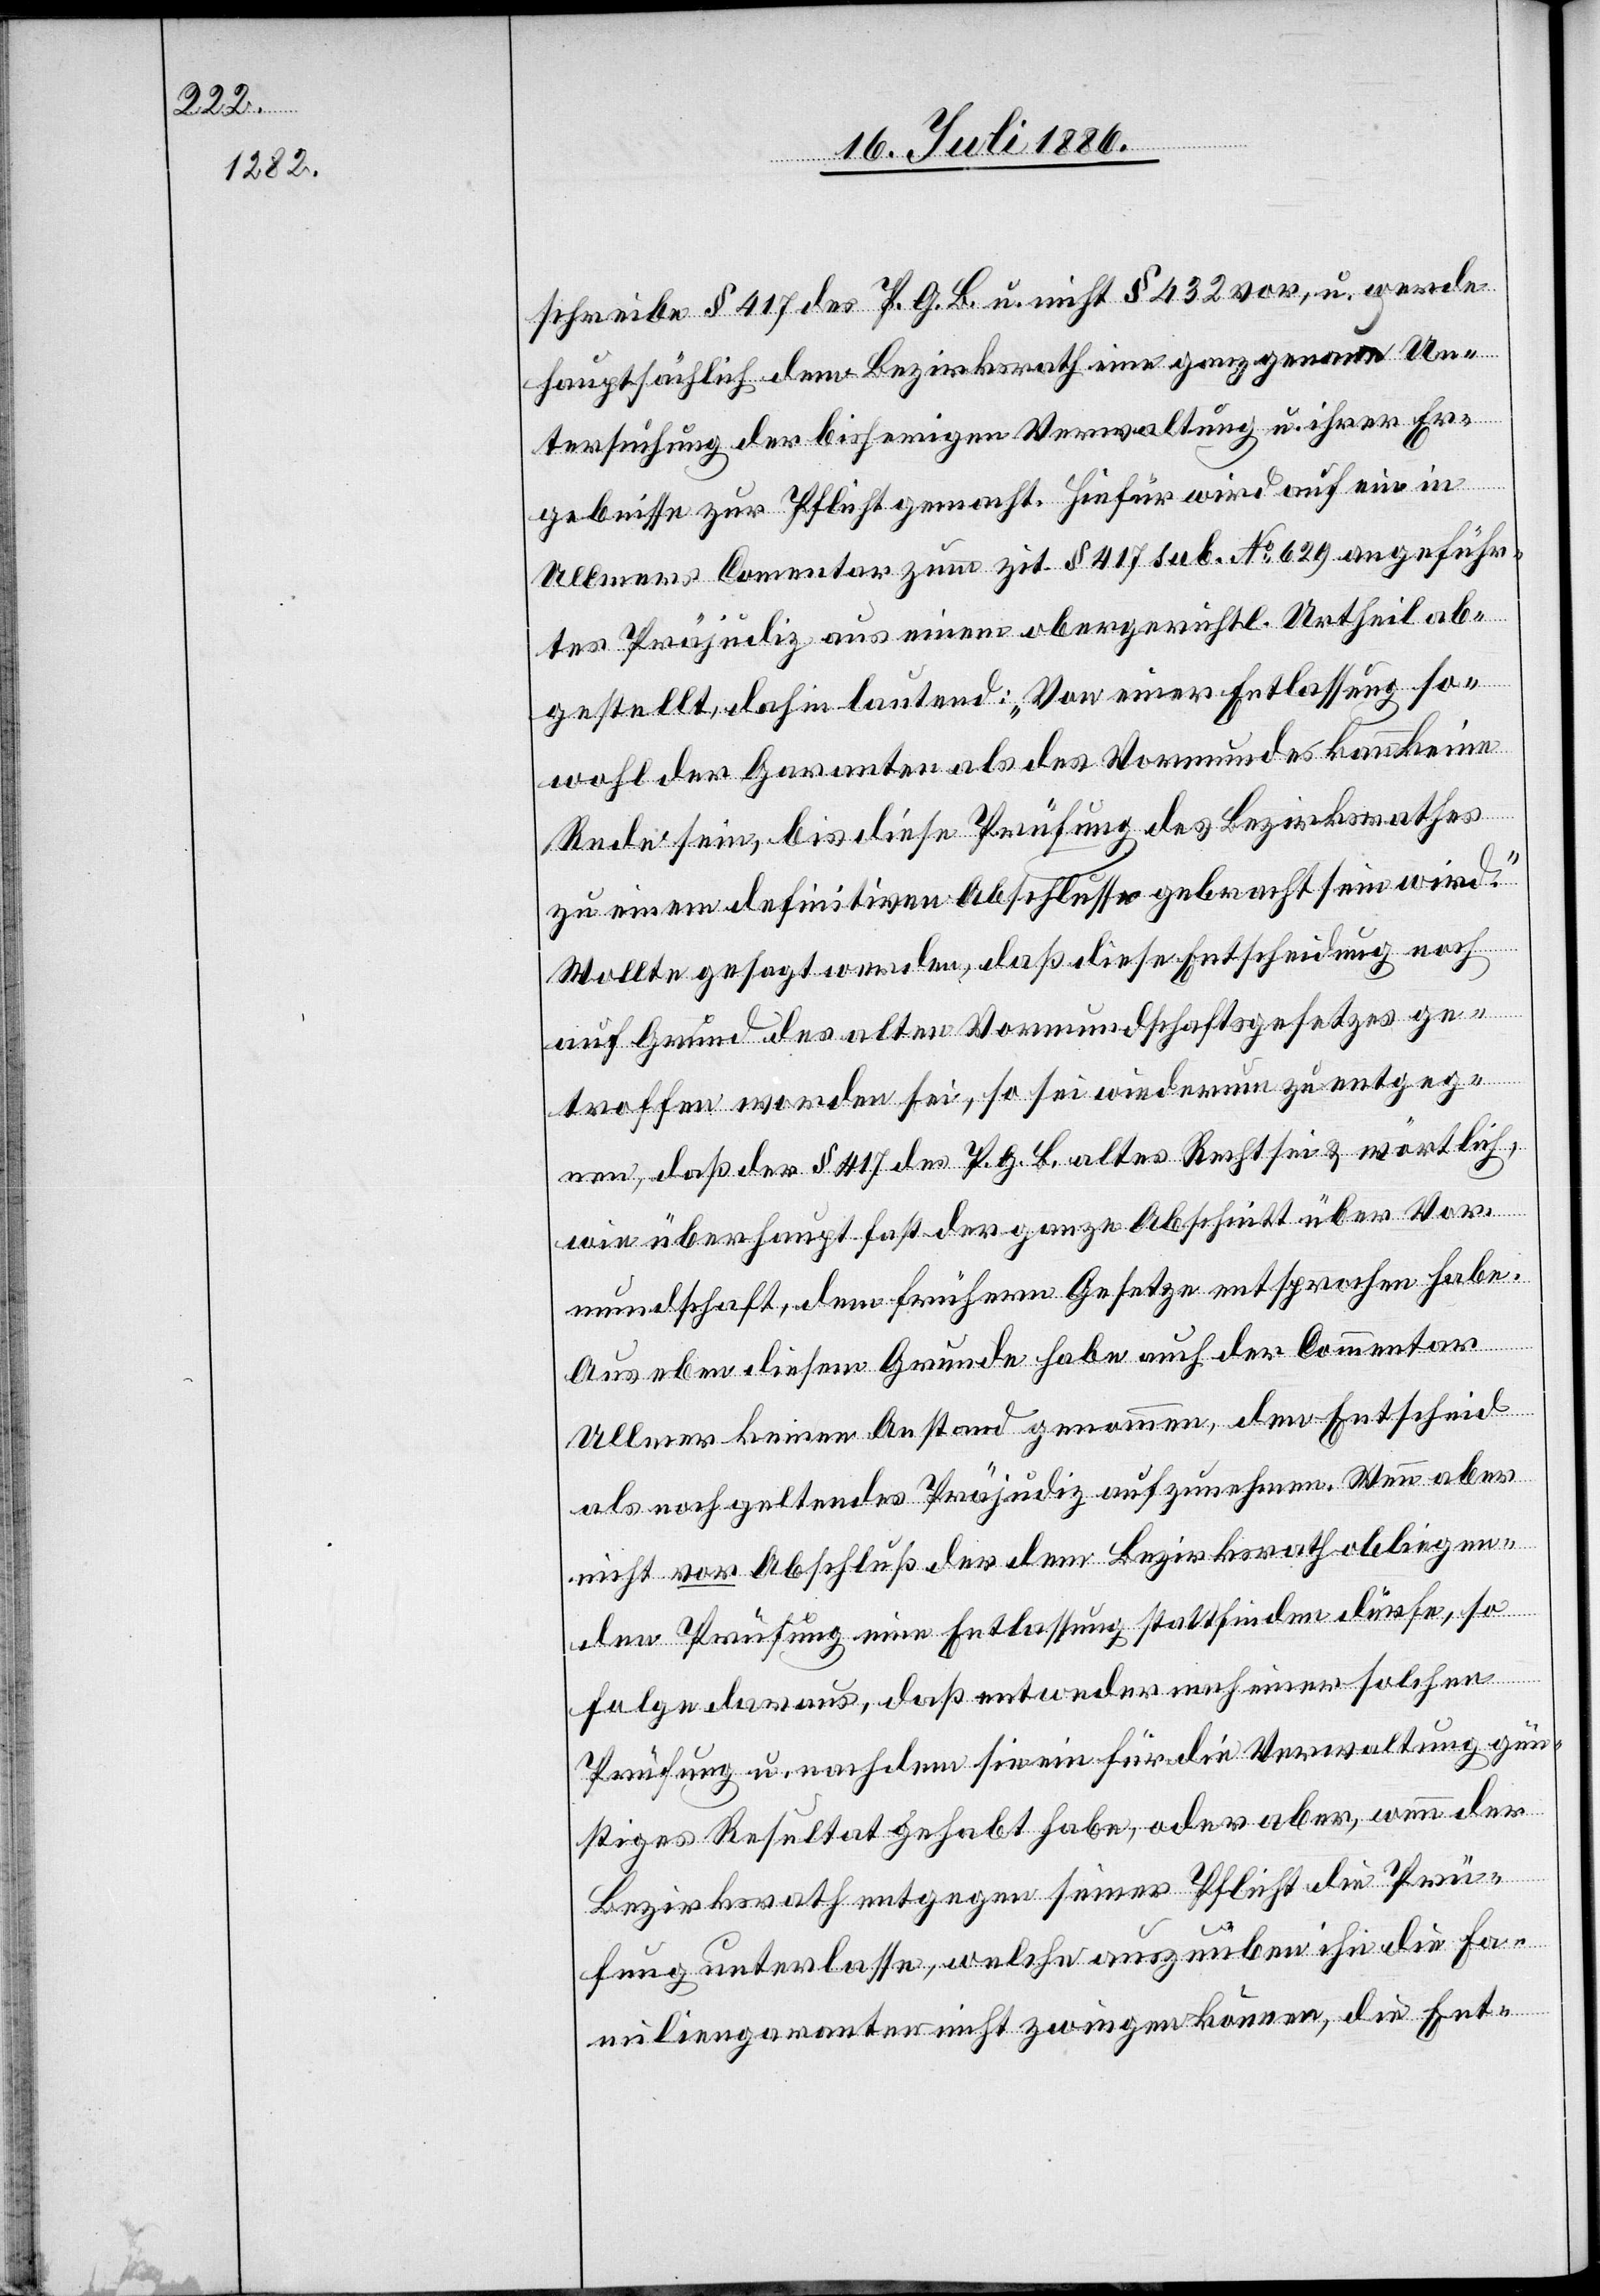
schreibe § 417 des P. G. B. u. nicht § 432 vor, u. werde
hauptsächlich dem Bezirksrath eine ganz genaue Un¬
tersuchung der bisherigen Verwaltung u. ihrer Er¬
gebnisse zur Pflicht gemacht. Hiefür wird auf ein in
Ullmers Com[m]entar zum zit. § 417 sub. No 629 angeführ¬
tes Präjudiz aus einem obergerichtl. Urtheil ab¬
gestellt, dahin lautend: „Von einer Entlassung so¬
wohl der Garanten als des Vormundes kann keine
Rede sein, bis diese Prüfung des Bezirksrathes
zu einem definitiven Abschlusse gebracht sein wird.“
Wollte gesagt werden, daß diese Entscheidung noch
auf Grund des alten Vormundschaftsgesetzes ge¬
troffen worden sei, so sei wiederum zu entgeg¬
nen, daß der § 417 des P. G. B. altes Recht sei & wörtlich
wie überhaupt fast der ganze Abschnitt über Vor¬
mundschaft, dem frühern Gesetze entsprochen habe.
den
Aus eben diesem Grunde habe auch der Commentar
Ullmer keinen Anstand genommen, den Entscheid
als noch geltendes Präjudiz aufzunehmen. Wenn aber
nicht vor Abschluß der dem Bezirksrath obliegen¬
Prüfung u. nachdem sie ein für die Verwaltung gün¬
stiges Resultat gehabt habe, oder aber, wenn der
Bezirksrath entgegen seiner Pflicht die Prü¬
fung unterlasse, welche auszuüben ihn die Fa¬
miliengaranten nicht zwingen können, die Ent-